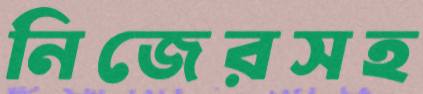
নিজেরসহ